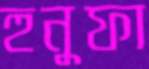
হুনুফা